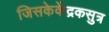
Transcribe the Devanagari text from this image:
जिसकेकेंद्रकसुत्र